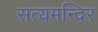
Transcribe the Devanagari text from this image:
सत्यमन्दिर